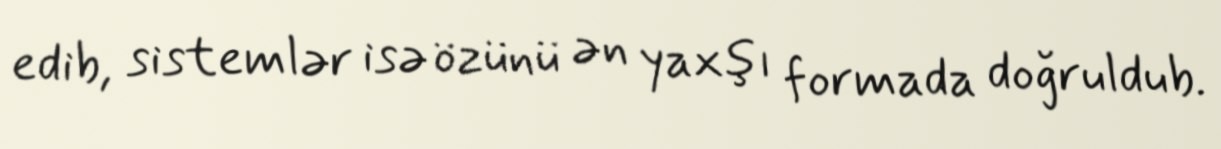
edib, sistemlər isə özünü ən yaxşı formada doğruldub.